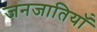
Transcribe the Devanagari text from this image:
जनजातियॉं